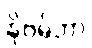
နိုဗမ်ဘာ